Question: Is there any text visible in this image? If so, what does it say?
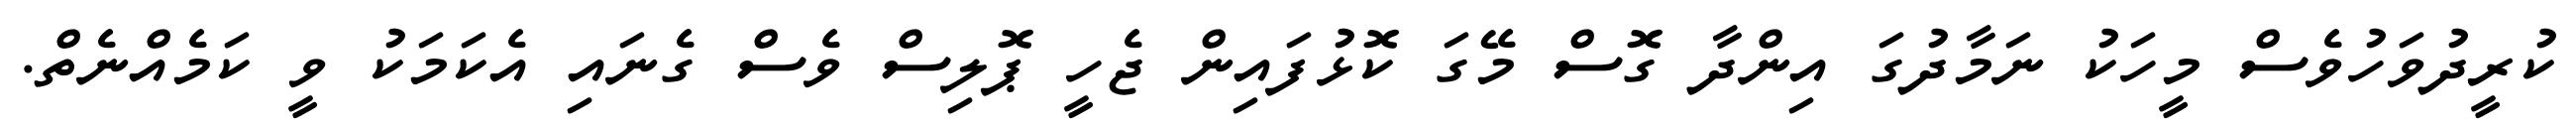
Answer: ކުރީދުވަހުވެސް މީހަކު ނަމާދުގަ އިންދާ ގޮސް މޭގަ ކޮޅުފައިން ޖެހީ ޕޮލިސް ވެސް ގެނައި އެކަމަކު ވީ ކަމެއްނެތް.